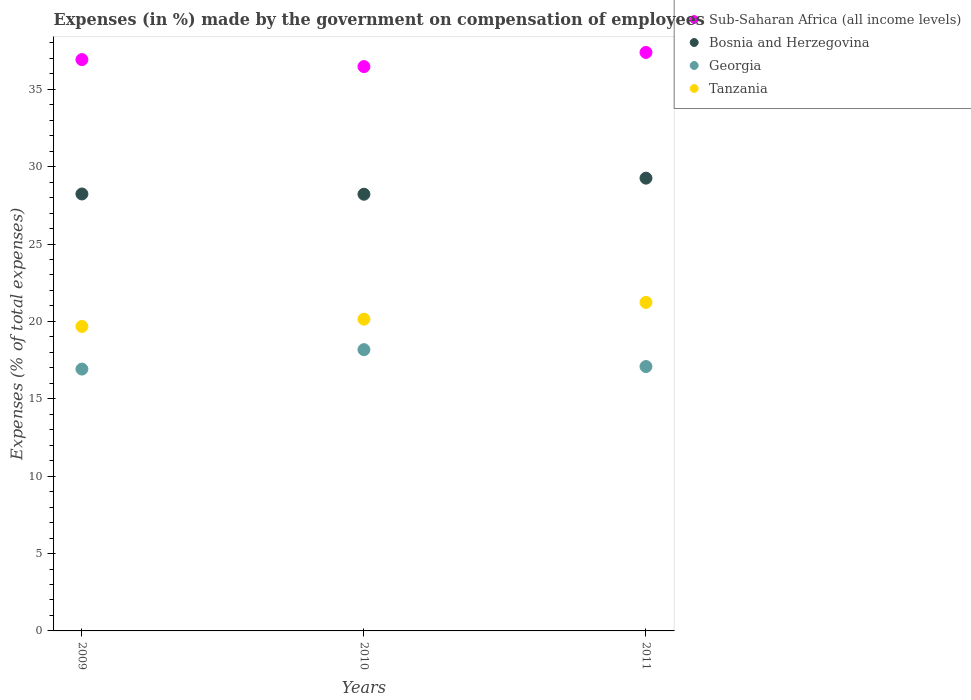
| Years | Sub-Saharan Africa (all income levels) | Bosnia and Herzegovina | Georgia | Tanzania |
 | --- | --- | --- | --- | --- |
 | 2009 | 36.9 | 28.2 | 16.9 | 19.7 |
 | 2010 | 36.5 | 28.2 | 18.2 | 20.1 |
 | 2011 | 37.4 | 29.3 | 17.1 | 21.2 |